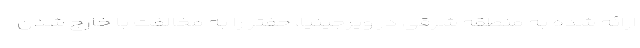
ارائه شده به منطقه شرقی در ویرجینیا، حفتر را به مخالفت با خارج شدن